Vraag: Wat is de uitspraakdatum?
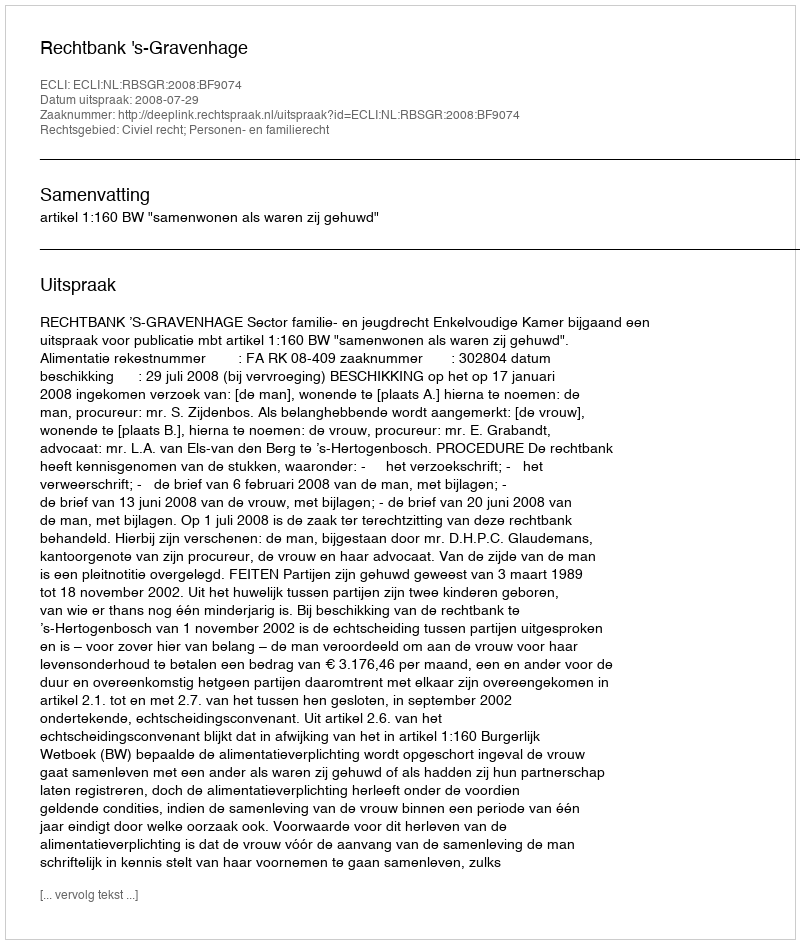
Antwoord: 2008-07-29